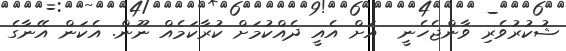
ޝުކުރުވެރި ވާންޖެހެނީ  އަށް އެއީ ދެއްކުމަށް ކުރާކަމެއް ނޫން. އެކަން އޭނާގެ